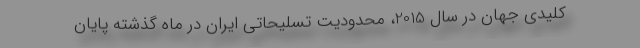
کلیدی جهان در سال 2015، محدودیت تسلیحاتی ایران در ماه گذشته پایان